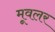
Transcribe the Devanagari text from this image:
मूवलर